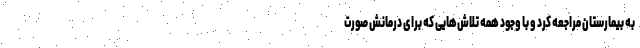
به بیمارستان مراجعه کرد و با وجود همه تلاش‌هایی که برای درمانش صورت